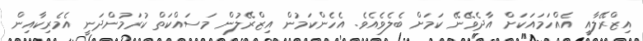
އިޒްރޭލާއީ އެއްހަމައަކަށް އާދެވޭނޭ ކަމަށް ބެލެވެއެވެ. އެހެންކަމުން އިޒްރޭލުން މަސައްކަތް ކުރަމުންދަނީ އެމެރިކާއިން